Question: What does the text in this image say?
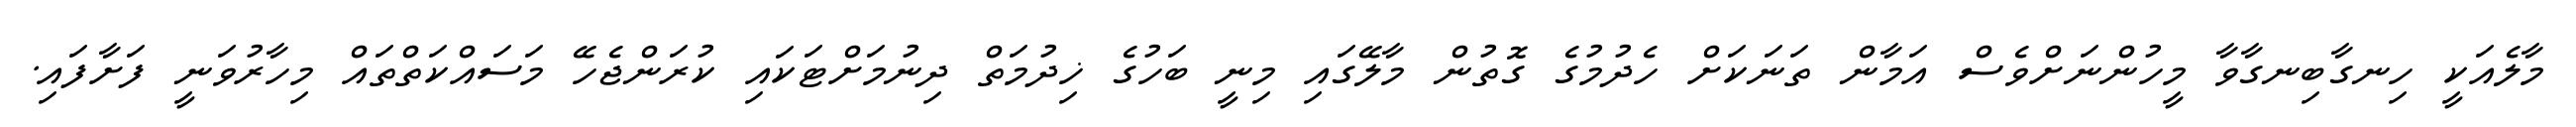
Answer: މާލެއަކީ ހިނގާބިނގާވާ މީހުންނަށްވެސް އަމާން ތަނަކަށް ހެދުމުގެ ގޮތުން މާލޭގައި މިނީ ބަހުގެ ޚިދުމަތް ދިނުމަށްޓަކައި ކުރަންޖެހޭ މަސައްކަތްތައް މިހާރުވަނީ ފަށާފައި.